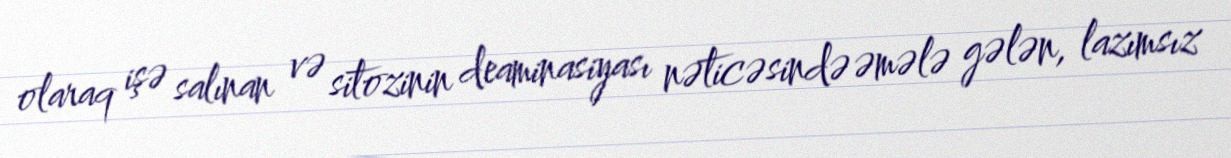
olaraq işə salınan və sitozinin deaminasiyası nəticəsində əmələ gələn, lazımsız